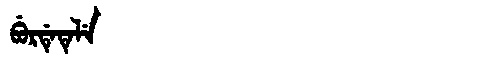
Manchu: ᠪᡠᡵᡩᡝᡨᡝᠯᡝ
Romanization: BURDETELE